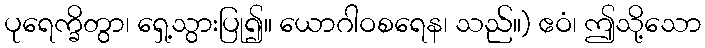
ပုရေက္ခိတွာ၊ ရှေ့သွားပြု၍။ ယောဂါဝစရေန၊ သည်။) ဧဝံ၊ ဤသို့သော